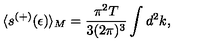
\langle s ^ { ( + ) } ( \epsilon ) \rangle _ { M } = \frac { \pi ^ { 2 } T } { 3 ( 2 \pi ) ^ { 3 } } \int d ^ { 2 } k { , }